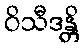
ဝိသီဒန္တိ